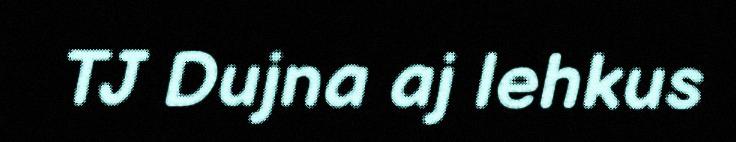
TJ Dujna aj lehkus